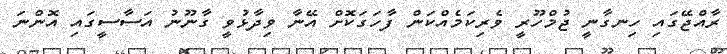
ރާއްޖޭގައި ހިނގާނީ ޖުމްހޫރީ ވެރިކަމެއްކަން ފާހަގަކޮށް އޭނާ ވިދާޅުވީ ގާނޫނު އަސާސީގައި އޮންނަ